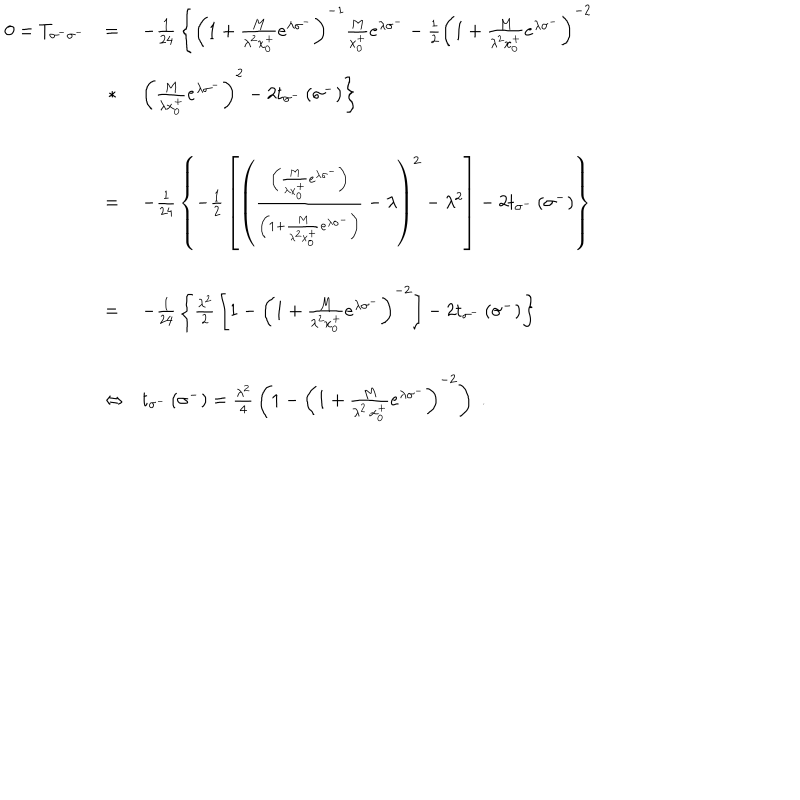
LaTeX: \begin{array} { l l l } { { 0 = T _ { \sigma ^ { - } \sigma ^ { - } } } } & { { = } } & { { - { \frac { 1 } { 2 4 } } \left\{ { \left( 1 + { \frac { M } { \lambda ^ { 2 } x _ { 0 } ^ { + } } } e ^ { \lambda \sigma ^ { - } } \right) } ^ { - 1 } { \frac { M } { x _ { 0 } ^ { + } } } e ^ { \lambda \sigma ^ { - } } - { \frac { 1 } { 2 } } { \left( 1 + { \frac { M } { \lambda ^ { 2 } x _ { 0 } ^ { + } } } e ^ { \lambda \sigma ^ { - } } \right) } ^ { - 2 } \right. } } \\ { { \ } } & { { \, * } } & { { \left. { \left( { \frac { M } { \lambda x _ { 0 } ^ { + } } } e ^ { \lambda \sigma ^ { - } } \right) } ^ { 2 } - 2 t _ { \sigma ^ { - } } \left( \sigma ^ { - } \right) \right\} } } \\ { { \ } } & { { = } } & { { - { \frac { 1 } { 2 4 } } \left\{ - { \frac { 1 } { 2 } } \left[ { \left( \frac { \left( { \frac { M } { \lambda x _ { 0 } ^ { + } } } e ^ { \lambda \sigma ^ { - } } \right) } { \left( 1 + { \frac { M } { \lambda ^ { 2 } x _ { 0 } ^ { + } } } e ^ { \lambda \sigma ^ { - } } \right) } - \lambda \right) } ^ { 2 } - \lambda ^ { 2 } \right] - 2 t _ { \sigma ^ { - } } \left( \sigma ^ { - } \right) \right\} } } \\ { { \ } } & { { = } } & { { - { \frac { 1 } { 2 4 } } \left\{ { \frac { \lambda ^ { 2 } } { 2 } } \left[ 1 - { \left( 1 + { \frac { M } { \lambda ^ { 2 } x _ { 0 } ^ { + } } } e ^ { \lambda \sigma ^ { - } } \right) } ^ { - 2 } \right] - 2 t _ { \sigma ^ { - } } \left( \sigma ^ { - } \right) \right\} } } \\ { { \ } } & { { \Leftrightarrow } } & { { t _ { \sigma ^ { - } } \left( \sigma ^ { - } \right) = { \frac { \lambda ^ { 2 } } { 4 } } \left( 1 - { \left( 1 + { \frac { M } { \lambda ^ { 2 } \, x _ { 0 } ^ { + } } } e ^ { \lambda \sigma ^ { - } } \right) } ^ { - 2 } \right) \; . } } \\ \end{array}